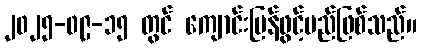
၂၀၂၅-၀၉-၁၅ တွင် ကျောင်းပြန်ဖွင့်မည်ဖြစ်သည်။